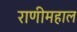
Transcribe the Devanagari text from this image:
राणीमहाल